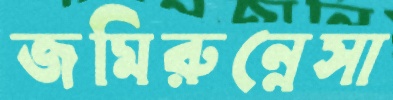
জমিরুন্নেসা